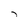
Character: 7